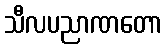
သီလပညာဏတော